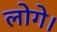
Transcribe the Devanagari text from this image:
लोगे।